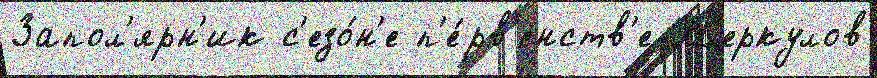
Запол'ярн'ик с'езо́н'е п'е́рв'енств'е М'еркулов